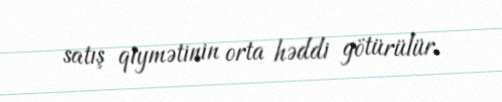
satış qiymətinin orta həddi götürülür.